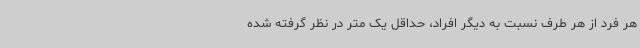
هر فرد از هر طرف نسبت به دیگر افراد، حداقل یک متر در نظر گرفته شده